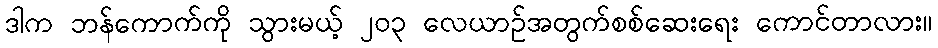
ဒါက ဘန်ကောက်ကို သွားမယ့် ၂၀၃ လေယာဉ်အတွက်စစ်ဆေးရေး ကောင်တာလား။